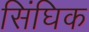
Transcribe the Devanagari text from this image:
सिंघिक